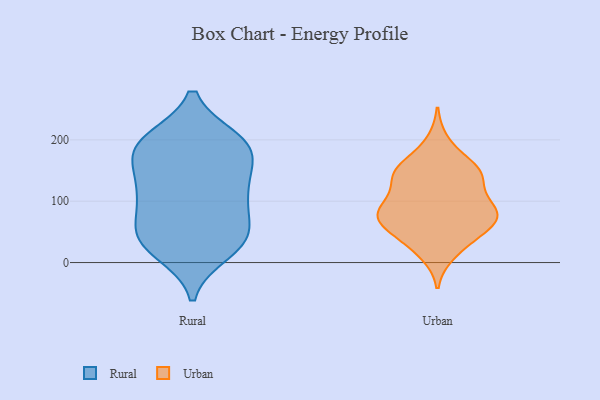
{"axis": {"x": "LTV (USD)", "y": "Value"}, "legend": ["Rural", "Urban"], "data": [{"x": "", "y": 35, "type": "Rural"}, {"x": "", "y": 178, "type": "Rural"}, {"x": "", "y": 114, "type": "Rural"}, {"x": "", "y": 32, "type": "Rural"}, {"x": "", "y": 47, "type": "Rural"}, {"x": "", "y": 43, "type": "Rural"}, {"x": "", "y": 108, "type": "Rural"}, {"x": "", "y": 198, "type": "Rural"}, {"x": "", "y": 176, "type": "Rural"}, {"x": "", "y": 54, "type": "Rural"}, {"x": "", "y": 190, "type": "Rural"}, {"x": "", "y": 191, "type": "Rural"}, {"x": "", "y": 101, "type": "Rural"}, {"x": "", "y": 116, "type": "Rural"}, {"x": "", "y": 18, "type": "Rural"}, {"x": "", "y": 199, "type": "Rural"}, {"x": "", "y": 144, "type": "Rural"}, {"x": "", "y": 80, "type": "Urban"}, {"x": "", "y": 142, "type": "Urban"}, {"x": "", "y": 88, "type": "Urban"}, {"x": "", "y": 157, "type": "Urban"}, {"x": "", "y": 88, "type": "Urban"}, {"x": "", "y": 72, "type": "Urban"}, {"x": "", "y": 27, "type": "Urban"}, {"x": "", "y": 148, "type": "Urban"}, {"x": "", "y": 79, "type": "Urban"}, {"x": "", "y": 196, "type": "Urban"}, {"x": "", "y": 69, "type": "Urban"}, {"x": "", "y": 86, "type": "Urban"}, {"x": "", "y": 70, "type": "Urban"}, {"x": "", "y": 115, "type": "Urban"}, {"x": "", "y": 149, "type": "Urban"}, {"x": "", "y": 46, "type": "Urban"}, {"x": "", "y": 146, "type": "Urban"}, {"x": "", "y": 15, "type": "Urban"}, {"x": "", "y": 49, "type": "Urban"}, {"x": "", "y": 140, "type": "Urban"}]}